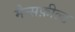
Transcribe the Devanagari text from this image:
मैन्सफ़ील्ड